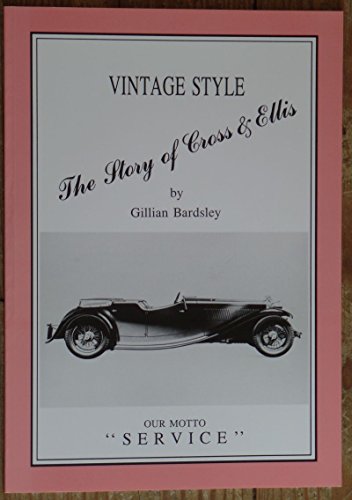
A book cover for Vintage Style: Story of Cross and Ellis, Coachbuilders; Gillian Bardsley; Business & Money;